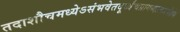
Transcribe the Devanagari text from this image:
तदाशौचमध्येऽसंभवेतदूर्ध्वंचप्रागब्दात्करणेज्ञेयं